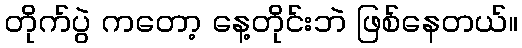
တိုက်ပွဲ ကတော့ နေ့တိုင်းဘဲ ဖြစ်နေတယ်။